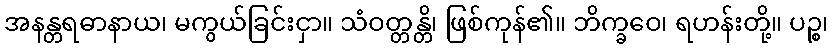
အနန္တရဓာနာယ၊ မကွယ်ခြင်းငှာ။ သံဝတ္တန္တိ၊ ဖြစ်ကုန်၏။ ဘိက္ခဝေ၊ ရဟန်းတို့။ ပဉ္စ၊